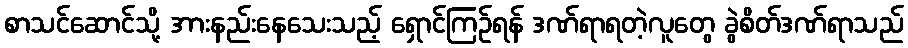
စာသင်ဆောင်သို့ အားနည်းနေသေးသည့် ရှောင်ကြဉ်ရန် ဒဏ်ရာရတဲ့လူတွေ ခွဲစိတ်ဒဏ်ရာသည်